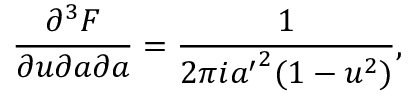
{ \frac { \partial ^ { 3 } { \cal F } } { \partial u \partial a \partial a } } = { \frac { 1 } { 2 \pi i { a ^ { \prime } } ^ { 2 } ( 1 - u ^ { 2 } ) } } ,